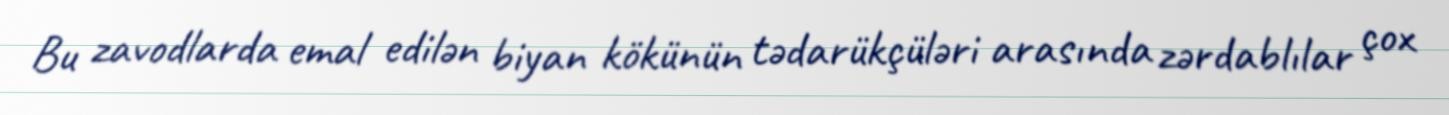
Bu zavodlarda emal edilən biyan kökünün tədarükçüləri arasında zərdablılar çox